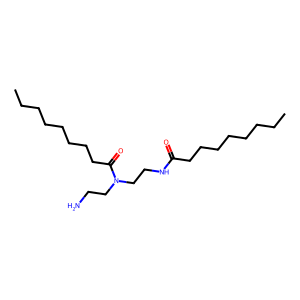
SMILES: CCCCCCCCC(=O)NCCN(CCN)C(=O)CCCCCCCC
Inhibits HIV replication: No